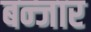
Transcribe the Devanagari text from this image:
बन्जार